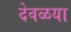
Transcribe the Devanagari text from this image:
देवळया